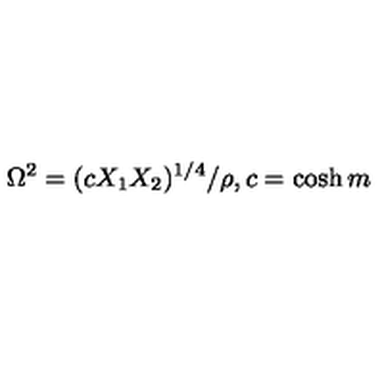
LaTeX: \Omega ^ { 2 } = ( c X _ { 1 } X _ { 2 } ) ^ { 1 / 4 } / \rho , c = \cosh m